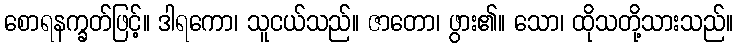
စောရနက္ခတ်ဖြင့်။ ဒါရကော၊ သူငယ်သည်။ ဇာတော၊ ဖွား၏။ သော၊ ထိုသတို့သားသည်။